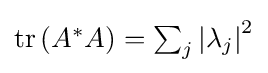
{\textstyle \operatorname {tr} \left(A^{*}A\right)=\sum _{j}\left|\lambda _{j}\right|^{2}}